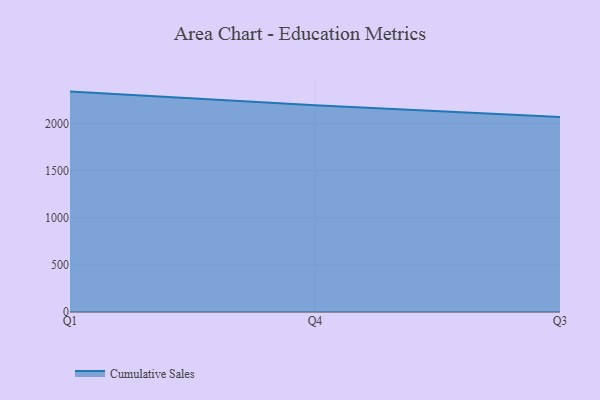
{"axis": {"x": "Quarter", "y": "Page Views"}, "legend": ["Cumulative Sales"], "data": [{"x": "Q1", "y": 2337.6, "type": "Cumulative Sales"}, {"x": "Q4", "y": 2192.3, "type": "Cumulative Sales"}, {"x": "Q3", "y": 2067.5, "type": "Cumulative Sales"}]}